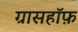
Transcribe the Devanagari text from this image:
ग्रासहॉफ़